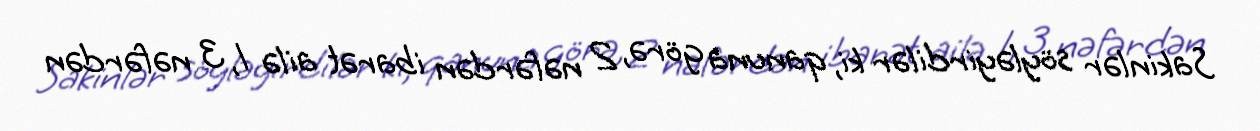
Sakinlər söyləyirdilər ki, qanuna görə, 2 nəfərdən ibarət ailə 1, 3 nəfərdən